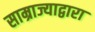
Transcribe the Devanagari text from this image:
साम्राज्याद्वारा